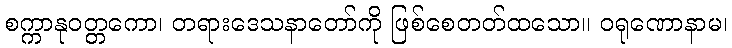
စက္ကာနုဝတ္တကော၊ တရားဒေသနာတော်ကို ဖြစ်စေတတ်ထသော။ ဝရုဏောနာမ၊